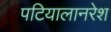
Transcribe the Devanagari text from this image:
पटियालानरेश